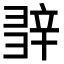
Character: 𨐕